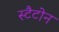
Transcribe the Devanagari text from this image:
स्टैटोन